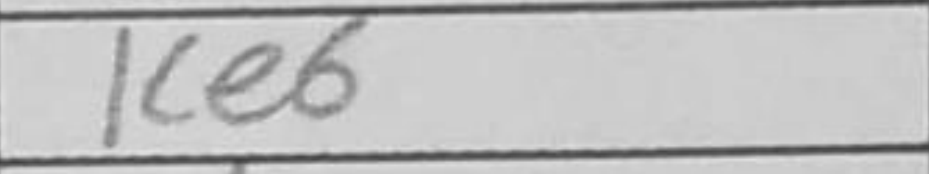
Transcription: Ke6